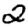
Digit: 2